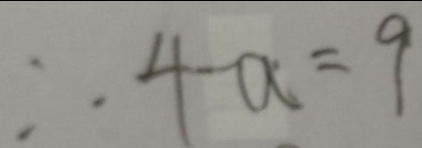
\therefore 4 - a = 9